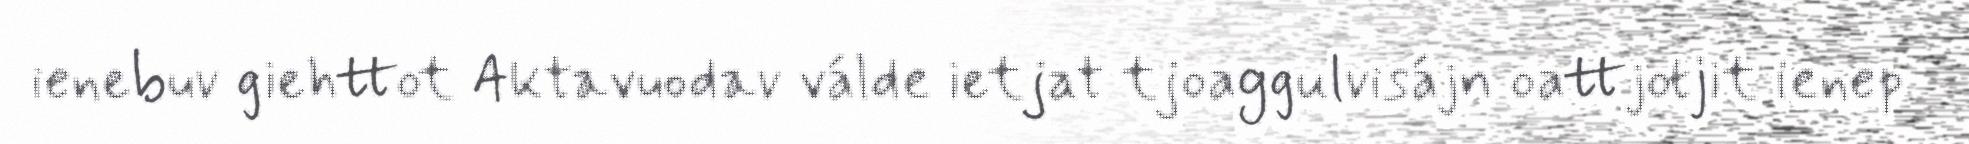
ienebuv giehttot Aktavuodav válde ietjat tjoaggulvisájn oattjotjit ienep